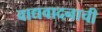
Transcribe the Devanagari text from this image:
वाद्यवादनाची